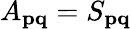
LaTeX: A_{\mathbf{pq}}=S_{\mathbf{pq}}